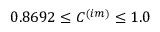
0 . 8 6 9 2 \leq C ^ { ( i m ) } \leq 1 . 0